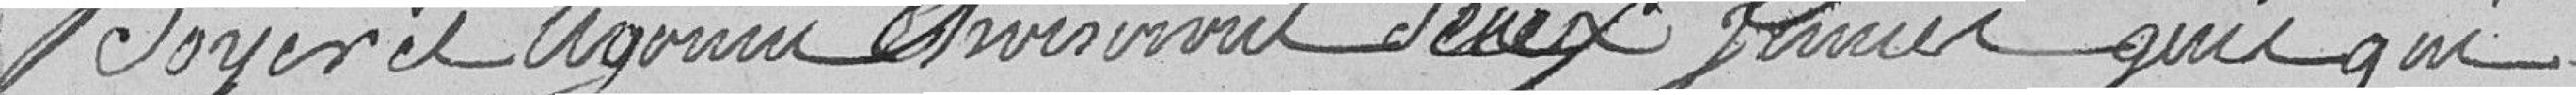
Boyer et Ugonin choisiront deux jeunes gens qui